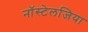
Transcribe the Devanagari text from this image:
नॉस्टेलजिया